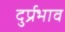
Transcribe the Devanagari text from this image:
दुर्प्रभाव